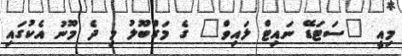
މިއީ "ސަޓަޑޭ ނައިޓް ލައިވް" ގެ މަގްބޫލު މި ދެ މޫނު އެކުގައި